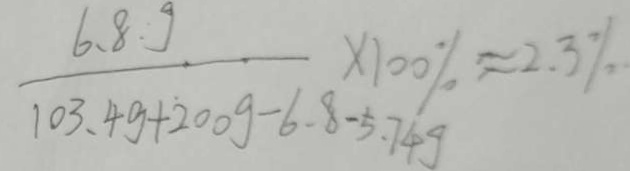
\frac { 6 . 8 g } { 1 0 . 3 . 4 g + 2 0 0 g - 6 . 8 - 5 . 7 4 g } \times 1 0 0 \% \approx 2 . 3 \%